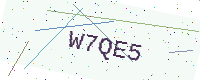
Text: W7QE5